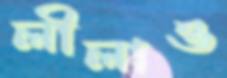
লীলাও